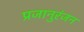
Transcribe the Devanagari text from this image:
प्रजानुरंजन